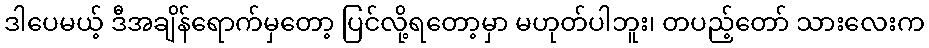
ဒါပေမယ့် ဒီအချိန်ရောက်မှတော့ ပြင်လို့ရတော့မှာ မဟုတ်ပါဘူး၊ တပည့်တော် သားလေးက